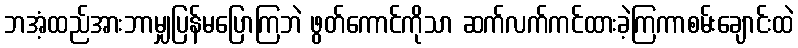
ဘအံ့ထည်အားဘာမျှပြန်မပြောကြဘဲ ဖွတ်ကောင်ကိုသာ ဆက်လက်ကင်ထားခဲ့ကြကာစမ်းချောင်းထဲ